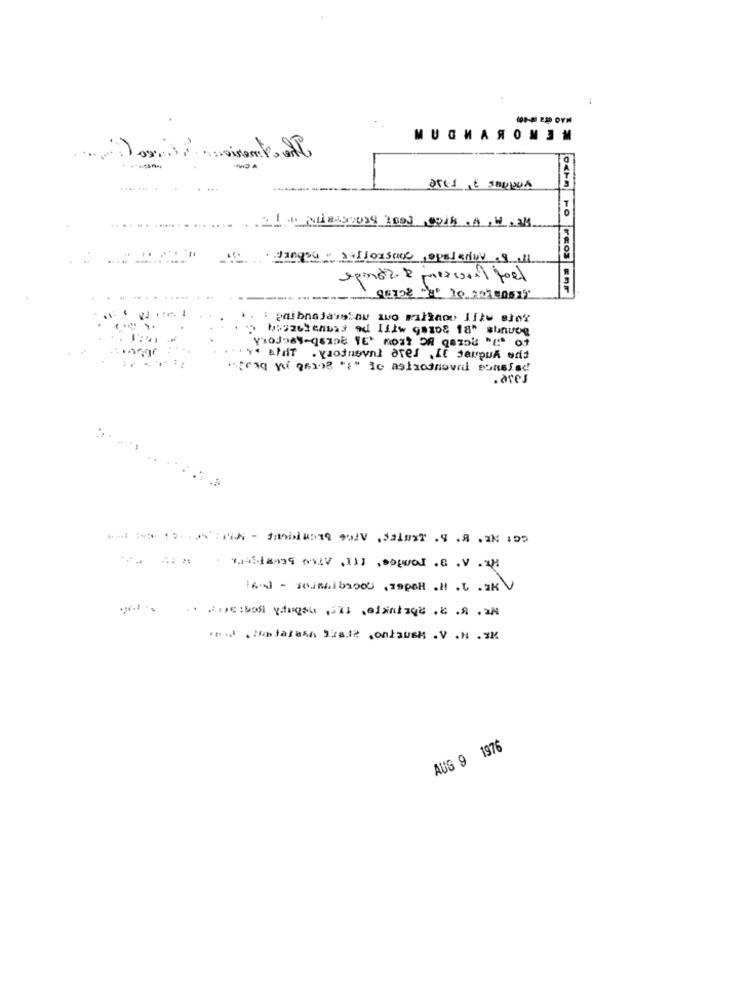
MUCHASONIM
.... ... ..
dingay " Forsine ,Optarinv 9 ,11
96108 "H" 10 0140517
: 1
string of gio8 "{" to asinotnova sonsfac
.dres
*J .2 332 ,onlusM .V .N .3M
AUG 9 1976